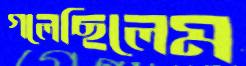
গলেছিলেম